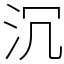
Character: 沉